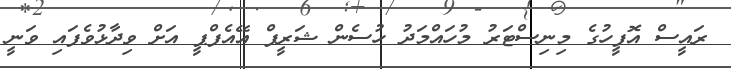
ރައީސް އޮފީހުގެ މިނިސްޓަރު މުހައްމަދު ހުސެން ޝަރީފް އޭއެފްޕީ އަށް ވިދާޅުވެފައި ވަނީ